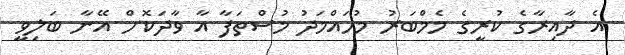
އެ ދާއިރާގެ ކުރީގެ މެމްބަރު މުހައްމަދު މުސްތަފާ އާ ވާދަކޮށް އޭނާ ބަލިވީ